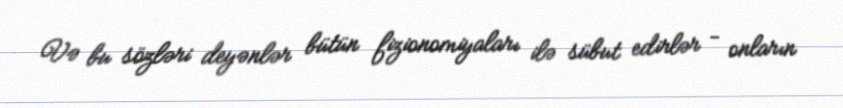
Və bu sözləri deyənlər bütün fizionomiyaları ilə sübut edirlər - onların